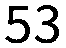
53